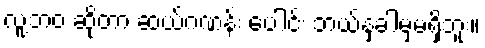
လူ့ဘဝ ဆိုတာ ဆယ်ဂဏန်း ပေါင်း ဘယ်နှခါမှမရှိဘူး။